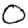
Digit: 0